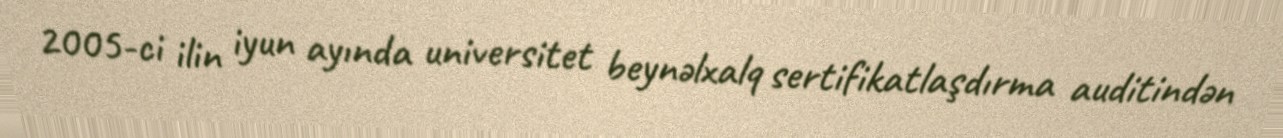
2005-ci ilin iyun ayında universitet beynəlxalq sertifikatlaşdırma auditindən